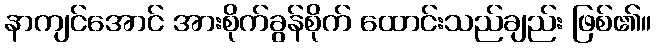
နာကျင်အောင် အားစိုက်ခွန်စိုက် ထောင်းသည်ချည်း ဖြစ်၏။